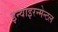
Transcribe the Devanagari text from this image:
इन्वाइरन्मेन्टल